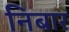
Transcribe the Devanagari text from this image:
निबार